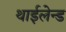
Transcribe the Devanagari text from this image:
थाईलेन्ड